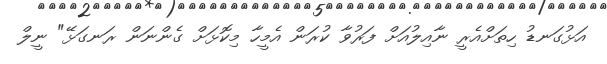
އަޅުގަނޑު ހިތަށްއެރީ ނާއިލުއަށް ފަރުވާ ކުރަން އެމީހާ މިކޮޅަށް ގެންނަން ރަނގަޅޭ" ނީލް